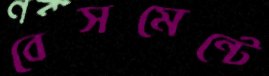
বেসমেন্টে